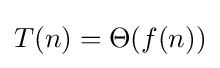
T(n)=\Theta (f(n))